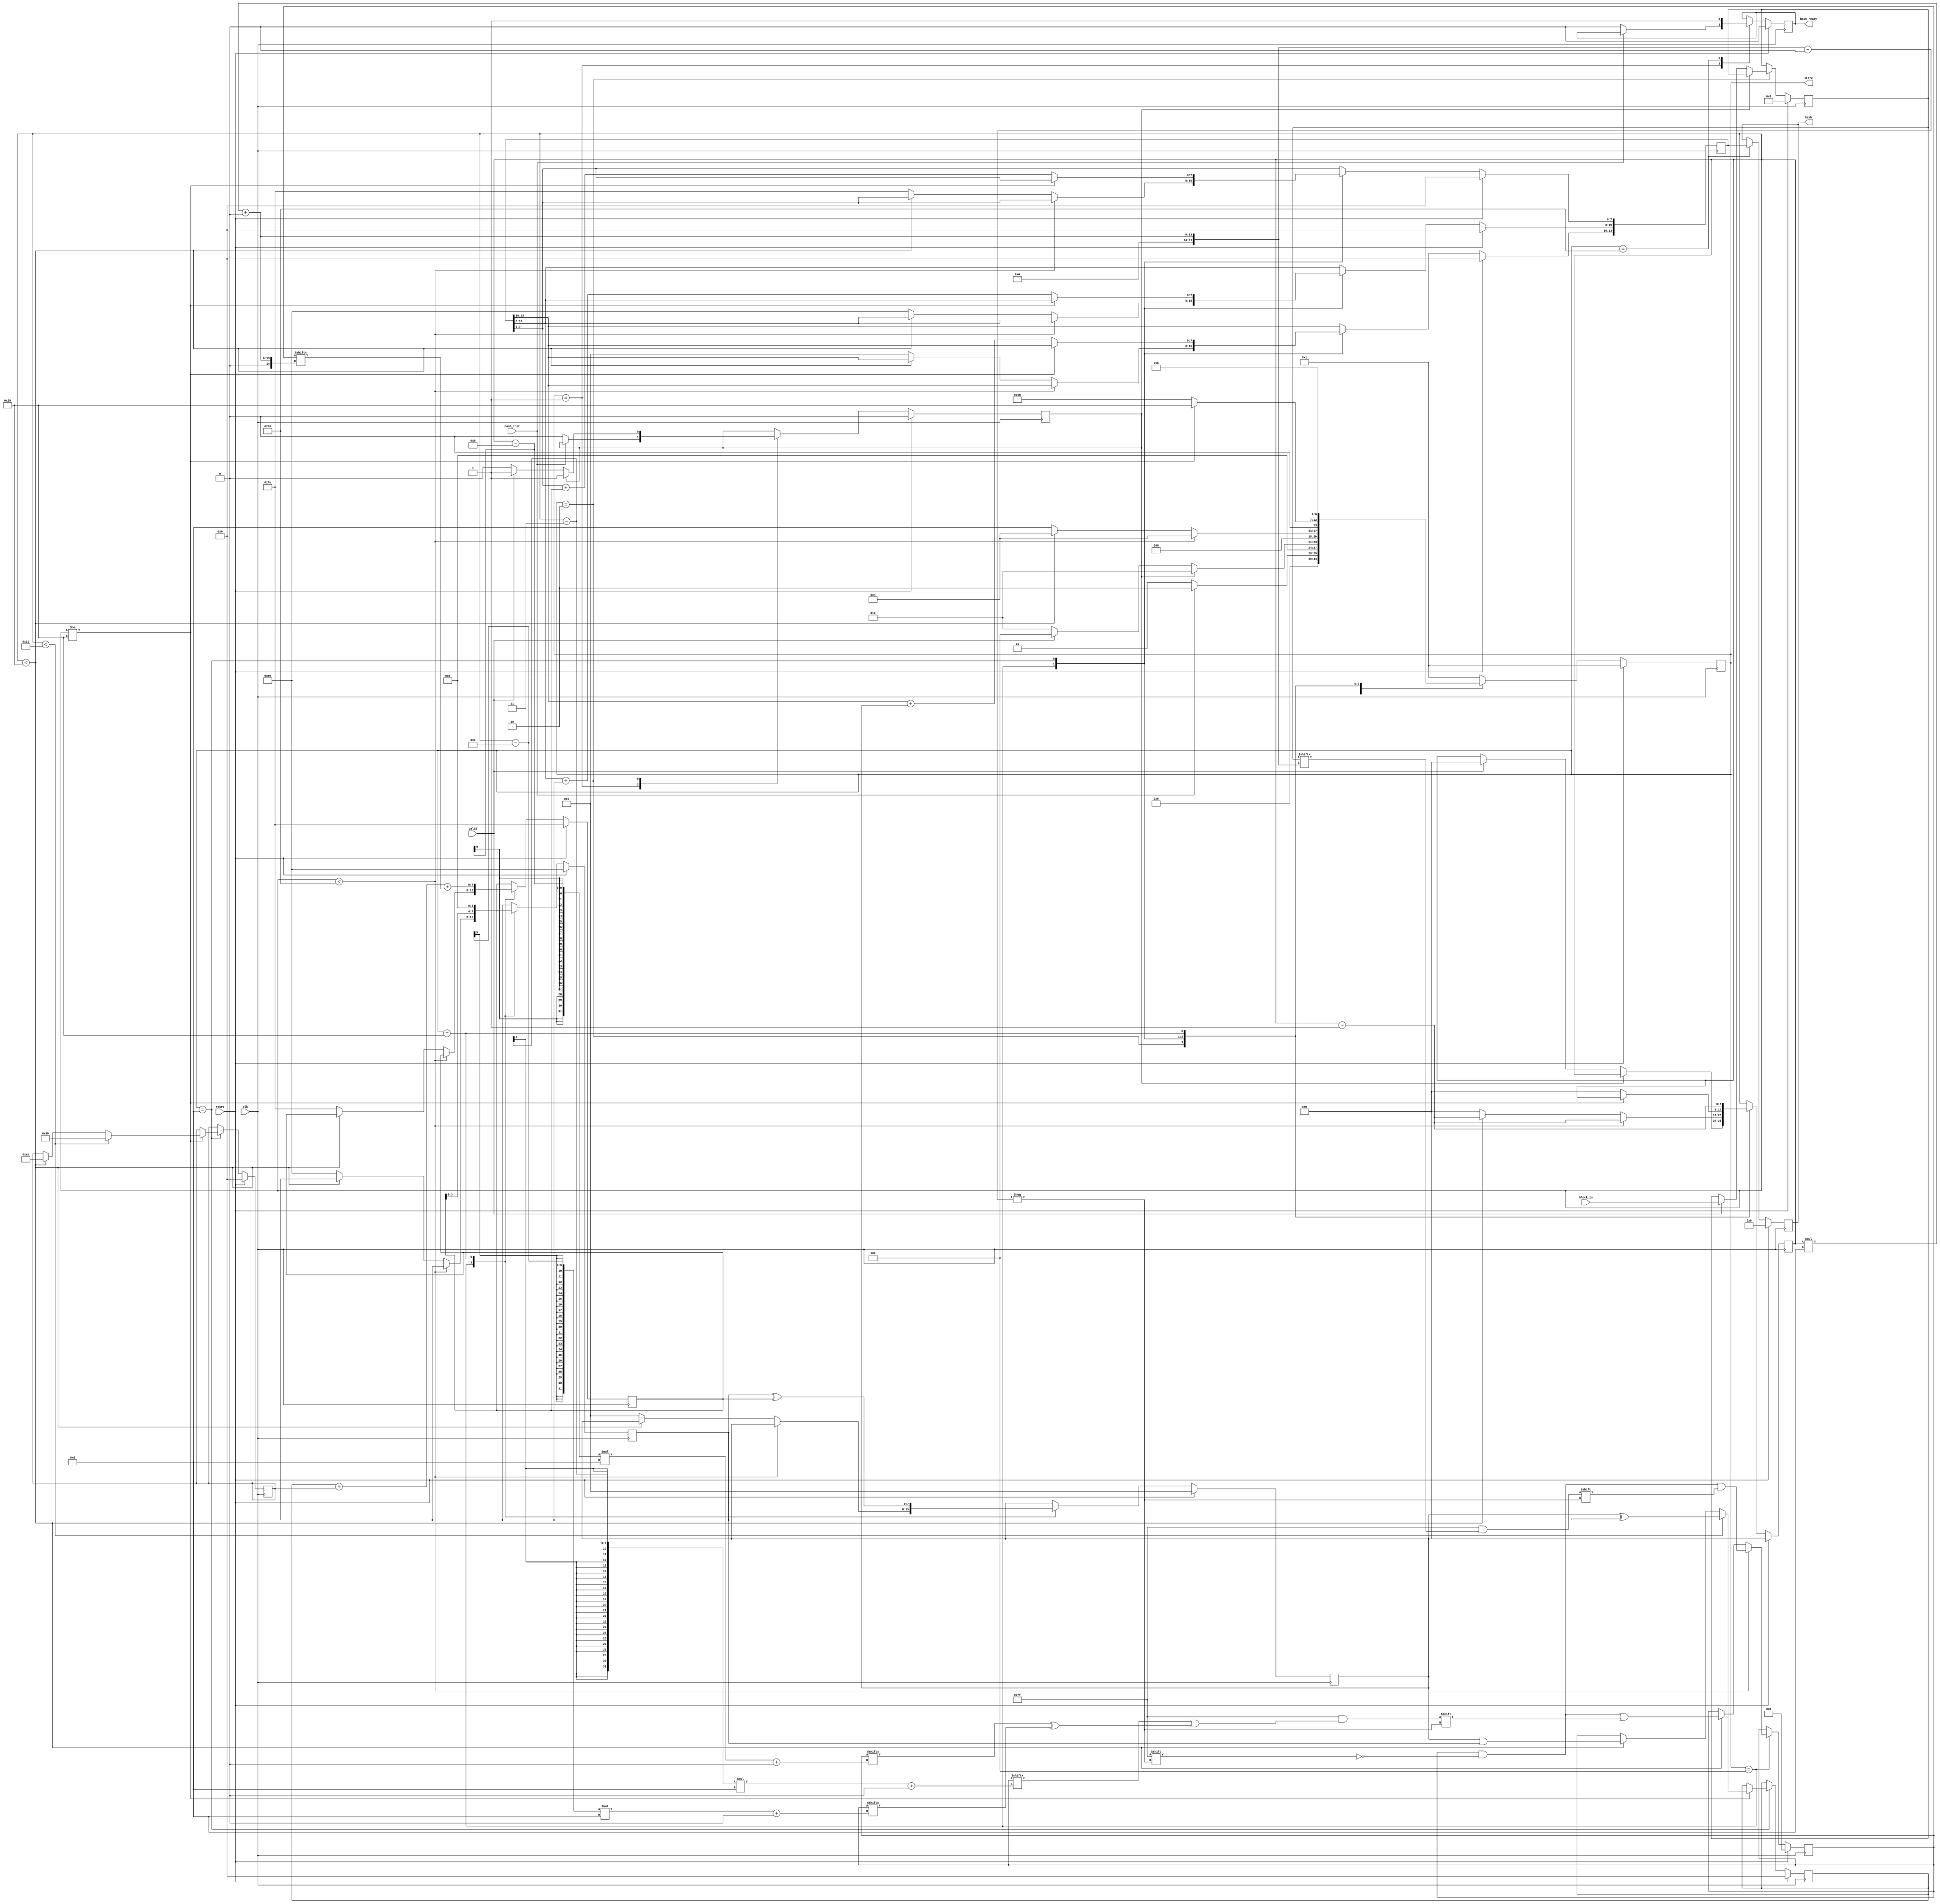
`timescale 1ns / 1ps

module micro_ucr_hash (
    input           clk,
    input           reset,
    input           hash_init,

    input           valid,
    input [127:0]   block_in,       //Bus de 127 bits
    output reg [23:0] hash,         //Senial para indicar que se ha terminado un hash (es valido)    
    output reg [6:0] state,         //Senial para indicar que se ha terminado un hash (es valido)    
    output reg      hash_ready     //Senial para indicar que se ha terminado un hash (es valido)    
    //output reg      ready           //Senial multiuso para indicar que se ha terminado una transaccion 
    //output reg      terminado
);
//---------------------Parametros de tamanio-----------------------
    parameter W_bits = 32*8;      //32 variables de 8 bits
    parameter Block_bits = 16*8;  //16 variables de 8 bits
//-----------------------------------------------------------------
//-------------------------Estados---------------------------------
//Codificacion de estados en one-hot    
    parameter IDDLE      = 1;
    parameter LOAD_BCK   = 2;
    parameter GET_W      = 4;
    parameter ITERATE    = 8;
    parameter OUTPUT     = 16;
    parameter UPDATE_ABC = 32;

    reg [23:0]              H;           //Resultado del Hash
    reg [W_bits-1:0]        W;           //Definida la W_bits cantidad de bits para todas las w variables
    reg [Block_bits-1:0]    block;       //Espacio de memoria donde se guarda el bloque de entrada para el Hash
    reg [8:0]               counter;     //Variable multiuso para contar, especialmente en ciclos
    reg                     block_ready; //%%FLAG%% para empezar a trabajar cuando se tiene todos los bloques
    reg [7:0]               a,b,c,c2,k,eggs;//Un byte por cada variable          

always @(posedge clk)begin
    if (reset) begin
        W <= 0;
        H <= 0;
        block <= 0;
        //terminado   <= 0;
        counter     <= 0;
        hash        <= 0;
        hash_ready  <= 0;
        block_ready <= 0;    //%%FLAG%%
        a <= 'h01;
        b <= 'h89;
        c <= 'hfe;
        c2 <= 'hfe;
        k <= 0;
        eggs <= 0;
        state <= IDDLE;
    end
    else begin
        case (state)
            IDDLE: begin
                if (hash_init) begin
                    state <= LOAD_BCK;                    
                end
                else begin
                    hash_ready <= 0;
                    state <= IDDLE;
                    block_ready <= 0;
                end
            end

            LOAD_BCK: begin
                if (~block_ready)begin //Capta las variables del bloque (optimizado en area)
                    if (valid) begin                //Si los datos transmitidos son validos, guardelos
                        block <= block_in;          //Guarda el bloque completo obtenido
                        block_ready <= 1;
                        counter <= 0;
                        state <= GET_W;
                    end
                    else state <= LOAD_BCK;         //Recordemos que sin este else, sale un latch inferido
                end
                else state <= LOAD_BCK;
            end

            GET_W: begin
                if (counter<16) begin
                    W[counter*8 +: 8] <= block[counter*8 +: 8];     
                    counter <= counter + 1;
                    state <= GET_W;
                end
                else if (counter<32)begin
                    W[counter*8 +: 8] <= W[((counter-3)*8) +: 8] | W[((counter-9)*8) +: 8]^W[((counter-14)*8) +: 8];
                    counter <= counter + 1;
                    state <= GET_W;
                end
                else begin //Setup incluido
                    a <= 'h01;
                    b <= 'h89;
                    c <= 'hfe;

                    H[23:16] <= 'h01;
                    H[15:8]  <= 'h89;
                    H[7:0]   <= 'hfe;

                    counter <= 0;
                    state <= ITERATE;
                end 
            end
            
            ITERATE: begin
                if(counter != 32)begin
                    if(counter < 17)begin
                        k    <= 'h99;
                        eggs <= a^b;
                        //counter <= counter + 1;
                    end
                    else if (counter<32)begin
                        k    <= 'ha1;
                        eggs <= a|b;
                        //counter <= counter + 1;
                    end
                    state <= UPDATE_ABC;                    
                end
                else begin
                    H[23:16] <= H[23:16] + a;
                    H[15:8]  <= H[15:8] + b;
                    H[7:0]   <= H[7:0] + c;

                    counter <= 0;
                    state <= OUTPUT;
                end 
            end

            UPDATE_ABC: begin
                a <= b^c;
                b <= c<<4;
                c <= eggs + k + W[counter*8 +: 8];
                counter <= counter + 1;
                state <= ITERATE;
            end

            OUTPUT : begin
                hash <= H[23:0];
                hash_ready <= 1;
                //terminado <= 1;
                state <= IDDLE;
            end

            default: state <= IDDLE;            
        endcase
    end
end
endmodule